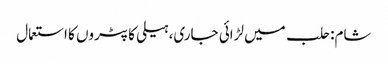
شام: حلب میں لڑائی جاری، ہیلی کاپٹروں کا استعمال